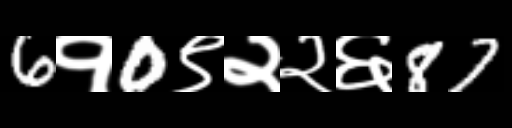
Text: 6१0९२२६87